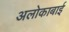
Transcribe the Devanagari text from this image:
अलोकाबाई